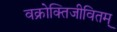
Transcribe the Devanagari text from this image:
वक्रोक्तिजीवितम्